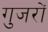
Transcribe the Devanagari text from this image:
गुजरों